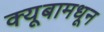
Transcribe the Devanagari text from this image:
क्यूबामधून